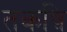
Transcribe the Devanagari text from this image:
तकष़ि